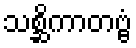
သစ္ဆိကာတဗ္ဗံ